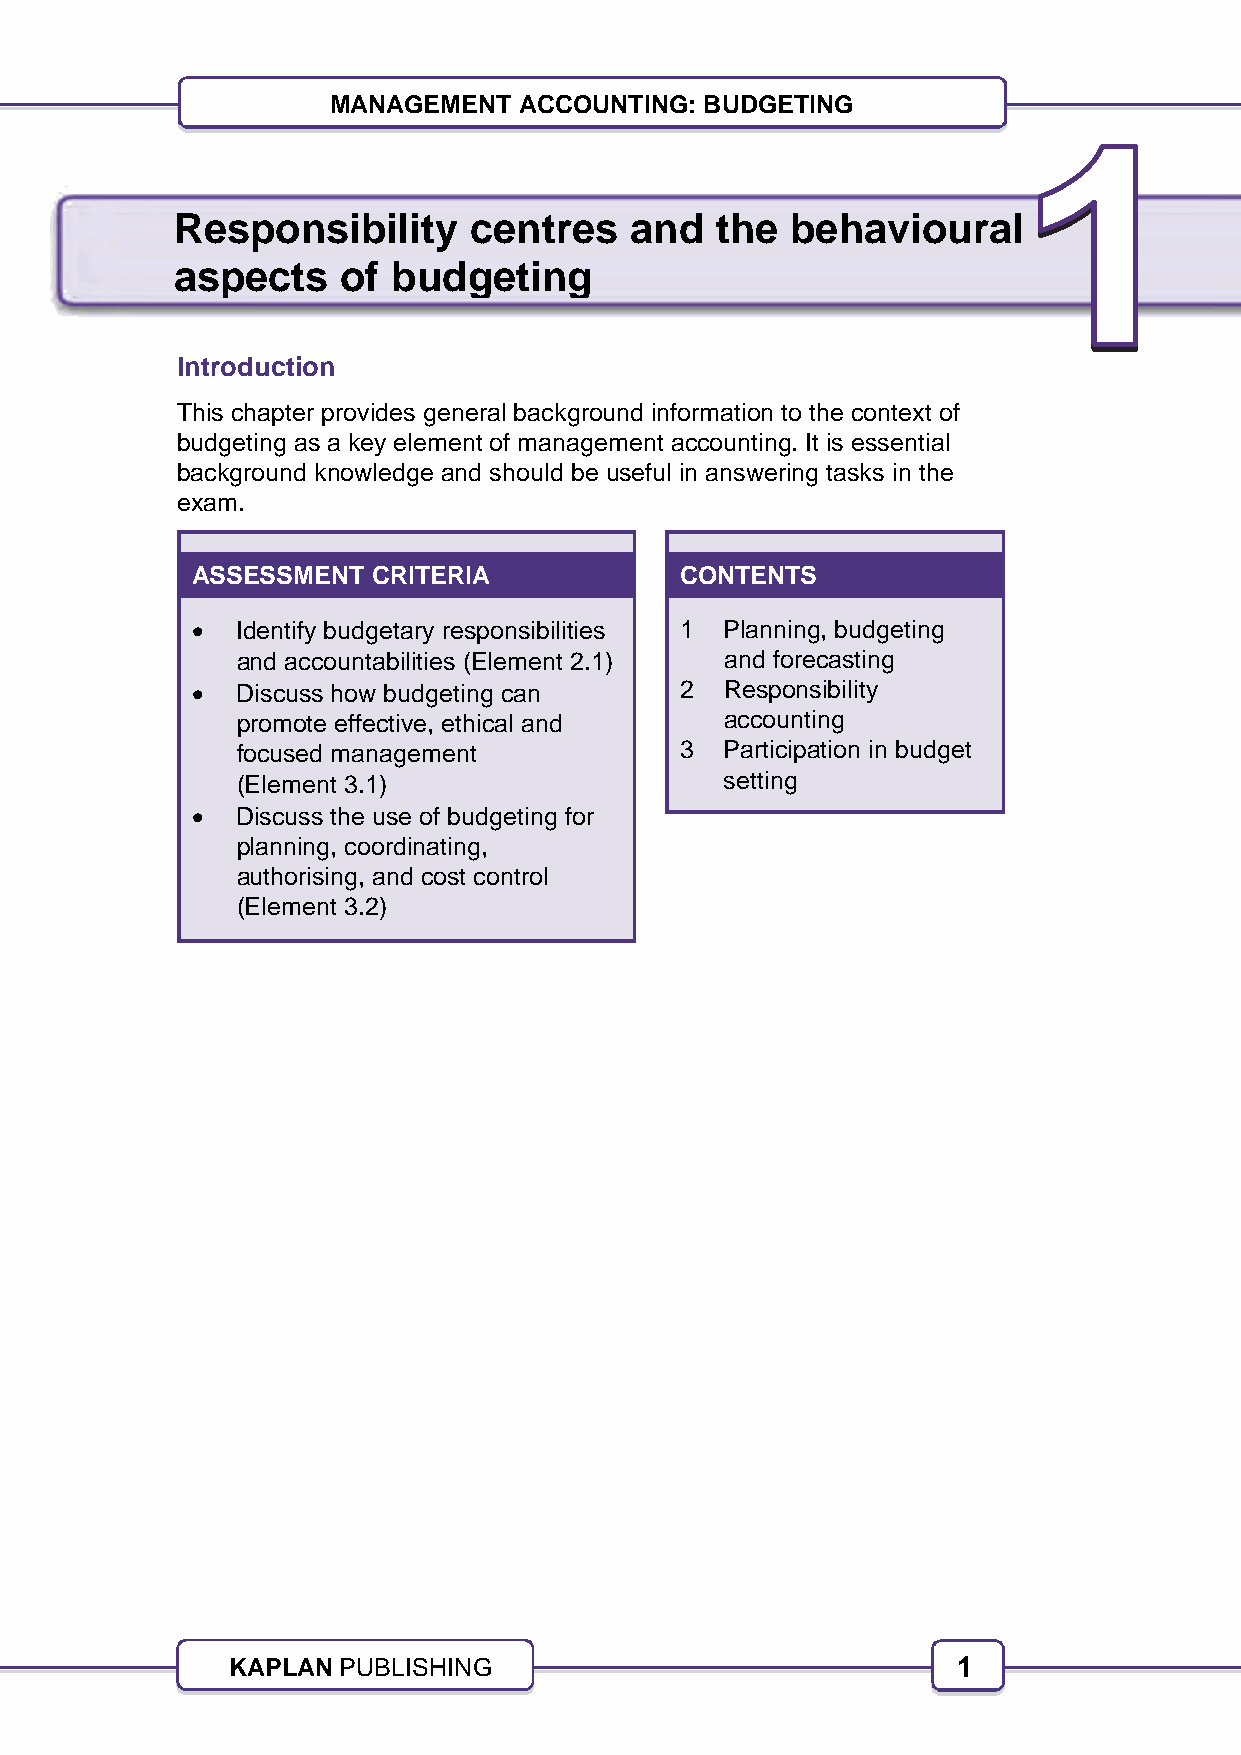
MANAGEMENT  ACCOUNTING:  BUDGETING
 Responsibility      centres    and  the  behavioural
 aspects     of budgeting
 Introduction
 This chapter provides general background information to the context of
 budgeting as a key element of management accounting. It is essential
 background knowledge and should be useful in answering tasks in the
 exam.
 ASSESSMENT  CRITERIA            CONTENTS
   Identify budgetary responsibilities 1 Planning, budgeting
 and accountabilities (Element 2.1) and forecasting
   Discuss how budgeting can    2  Responsibility
 promote effective, ethical and  accounting
 focused management           3  Participation in budget
 (Element 3.1)                   setting
   Discuss the use of budgeting for
 planning, coordinating,
 authorising, and cost control
 (Element 3.2)
 KAPLAN  PUBLISHING                              1